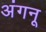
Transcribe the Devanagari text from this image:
अंगनू